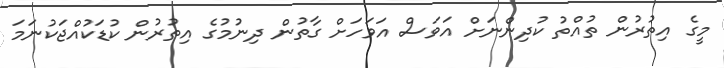
މީގެ އިތުރުން ތުއްތު ކުދިންނަށް އަވަސް އަވަހަށް ގާތުން ދިނުމުގެ އިތުރުން ކުޑަކުއްޖަކުނަމަ